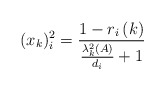
\begin{align*}(x_{k})_{i}^{2}=\frac{1-r_{i}\left( k\right) }{\frac{\lambda_{k}^{2}(A)}{d_{i}}+1} \end{align*}